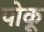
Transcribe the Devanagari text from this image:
पोकू